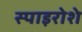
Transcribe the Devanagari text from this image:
स्पाइरोशे